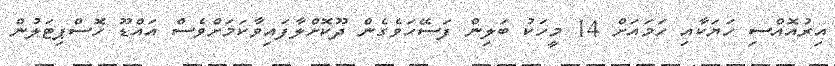
އިރުއޮއްސި ހަޔަކާއި ހަމައަށް 14 މީހަކު ބަލިން ފަސޭހަވެގެން ދޫކޮށްލާފައިވާކަމަށްވެސް އައްޑޫ ހޮސްޕިޓަލުން